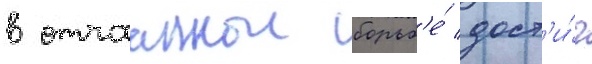
в отчааннои борьб'е́ дост'и́г